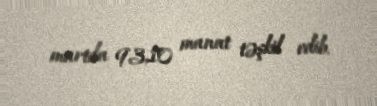
martda 93,10 manat təşkil edib.